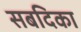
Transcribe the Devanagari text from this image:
सबदिका